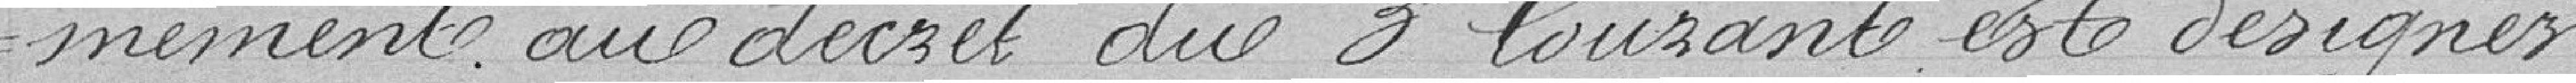
mément au décret du 3 courant et désigner